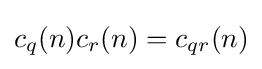
c_{q}(n)c_{r}(n)=c_{qr}(n)